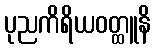
ပုညကိရိယဝတ္ထူနိ